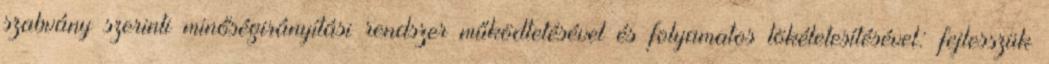
szabvány szerinti minőségirányítási rendszer működtetésével és folyamatos tökéletesítésével: fejlesszük